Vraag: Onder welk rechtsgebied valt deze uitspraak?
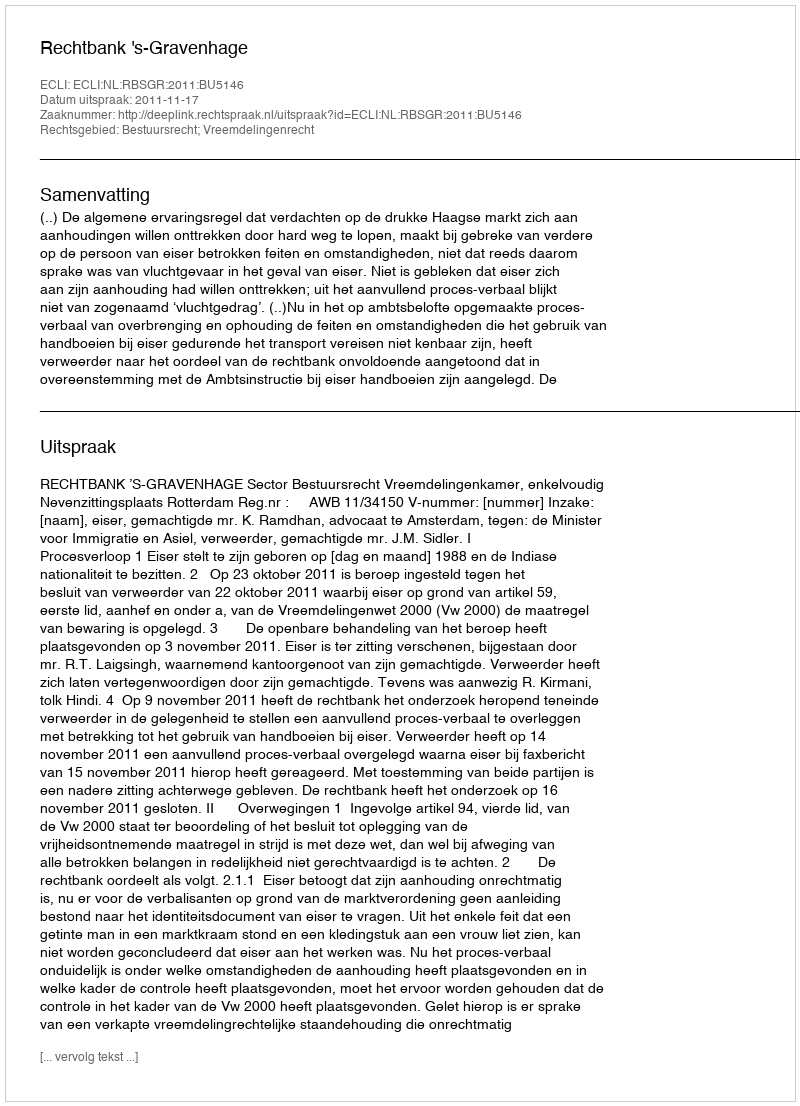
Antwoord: Bestuursrecht; Vreemdelingenrecht